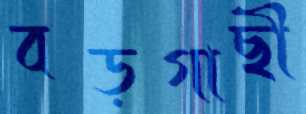
বড়গাছী